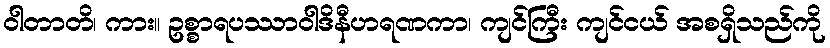
ဝါတာတိ၊ ကား။ ဥစ္စာရပဿာဝါဒိနီဟရဏကာ၊ ကျင်ကြီး ကျင်ငယ် အစရှိသည်ကို